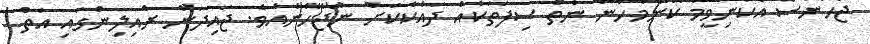
ޖެހުނަސް އެކަނިވީމަ ކޮންމެހެން ނެތް ސިފަތަކެއް ދައްކާކަށް ނުޖެހޭނެއެވެ. ޖައިދަން ރެއިލިންގައި އަތް